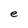
Character: e